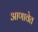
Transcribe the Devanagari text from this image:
आणावेत